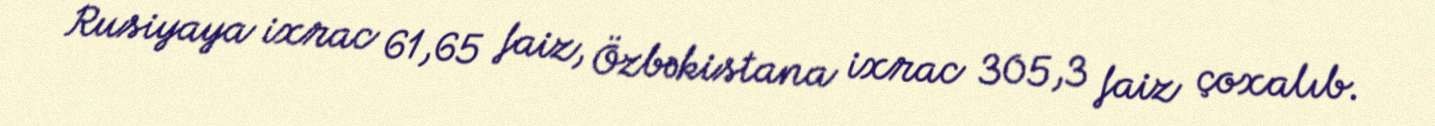
Rusiyaya ixrac 61,65 faiz, Özbəkistana ixrac 305,3 faiz çoxalıb.